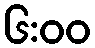
၆:၀၀